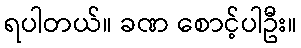
ရပါတယ်။ ခဏ စောင့်ပါဦး။